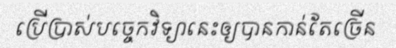
ប្រើប្រាស់បច្ចេកវិទ្យានេះឲ្យបានកាន់តែច្រើន